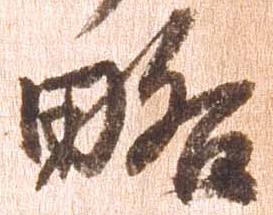
略